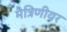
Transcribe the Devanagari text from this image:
मैत्रिणीवर